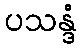
ပသန္ဒံ